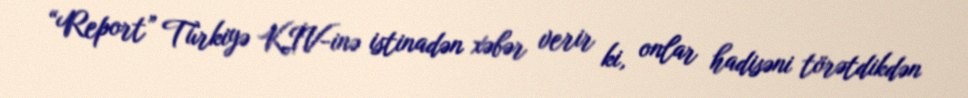
“Report” Türkiyə KİV-inə istinadən xəbər verir ki, onlar hadisəni törətdikdən